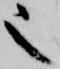
也